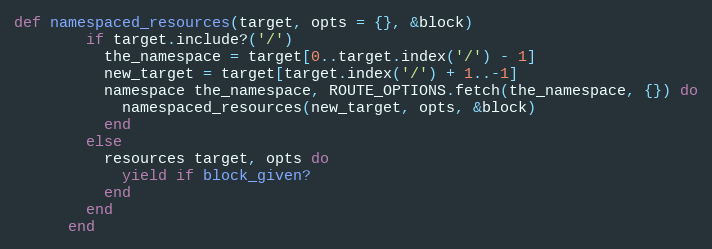
Language: Ruby
def namespaced_resources(target, opts = {}, &block)
        if target.include?('/')
          the_namespace = target[0..target.index('/') - 1]
          new_target = target[target.index('/') + 1..-1]
          namespace the_namespace, ROUTE_OPTIONS.fetch(the_namespace, {}) do
            namespaced_resources(new_target, opts, &block)
          end
        else
          resources target, opts do
            yield if block_given?
          end
        end
      end